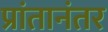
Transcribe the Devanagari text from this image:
प्रांतानंतर